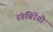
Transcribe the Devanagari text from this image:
रंगबिरेंगी